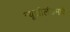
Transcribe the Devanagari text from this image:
न्यूझीलंडमधे